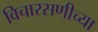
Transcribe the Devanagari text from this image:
विचारसणीच्या